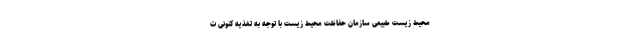
محیط‌ زیست طبیعی سازمان حفاظت محیط‌ زیست با توجه به تغذیه کنونی ت